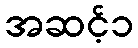
အဆင့်၁